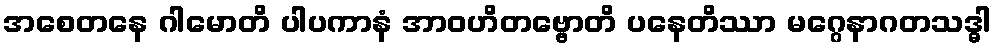
အစေတနေ ဂါမောတိ ပါပကာနံ အာဝဟိတဗ္ဗောတိ ပနေတိဿာ မဂ္ဂေနာဂတသဒ္ဓါ